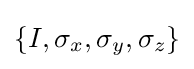
\{I,\sigma _{x},\sigma _{y},\sigma _{z}\}